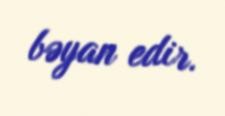
bəyan edir.